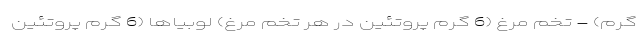
گرم) - تخم مرغ (6 گرم پروتئین در هر تخم مرغ) لوبیاها (6 گرم پروتئین